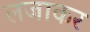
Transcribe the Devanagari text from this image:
लजाकर